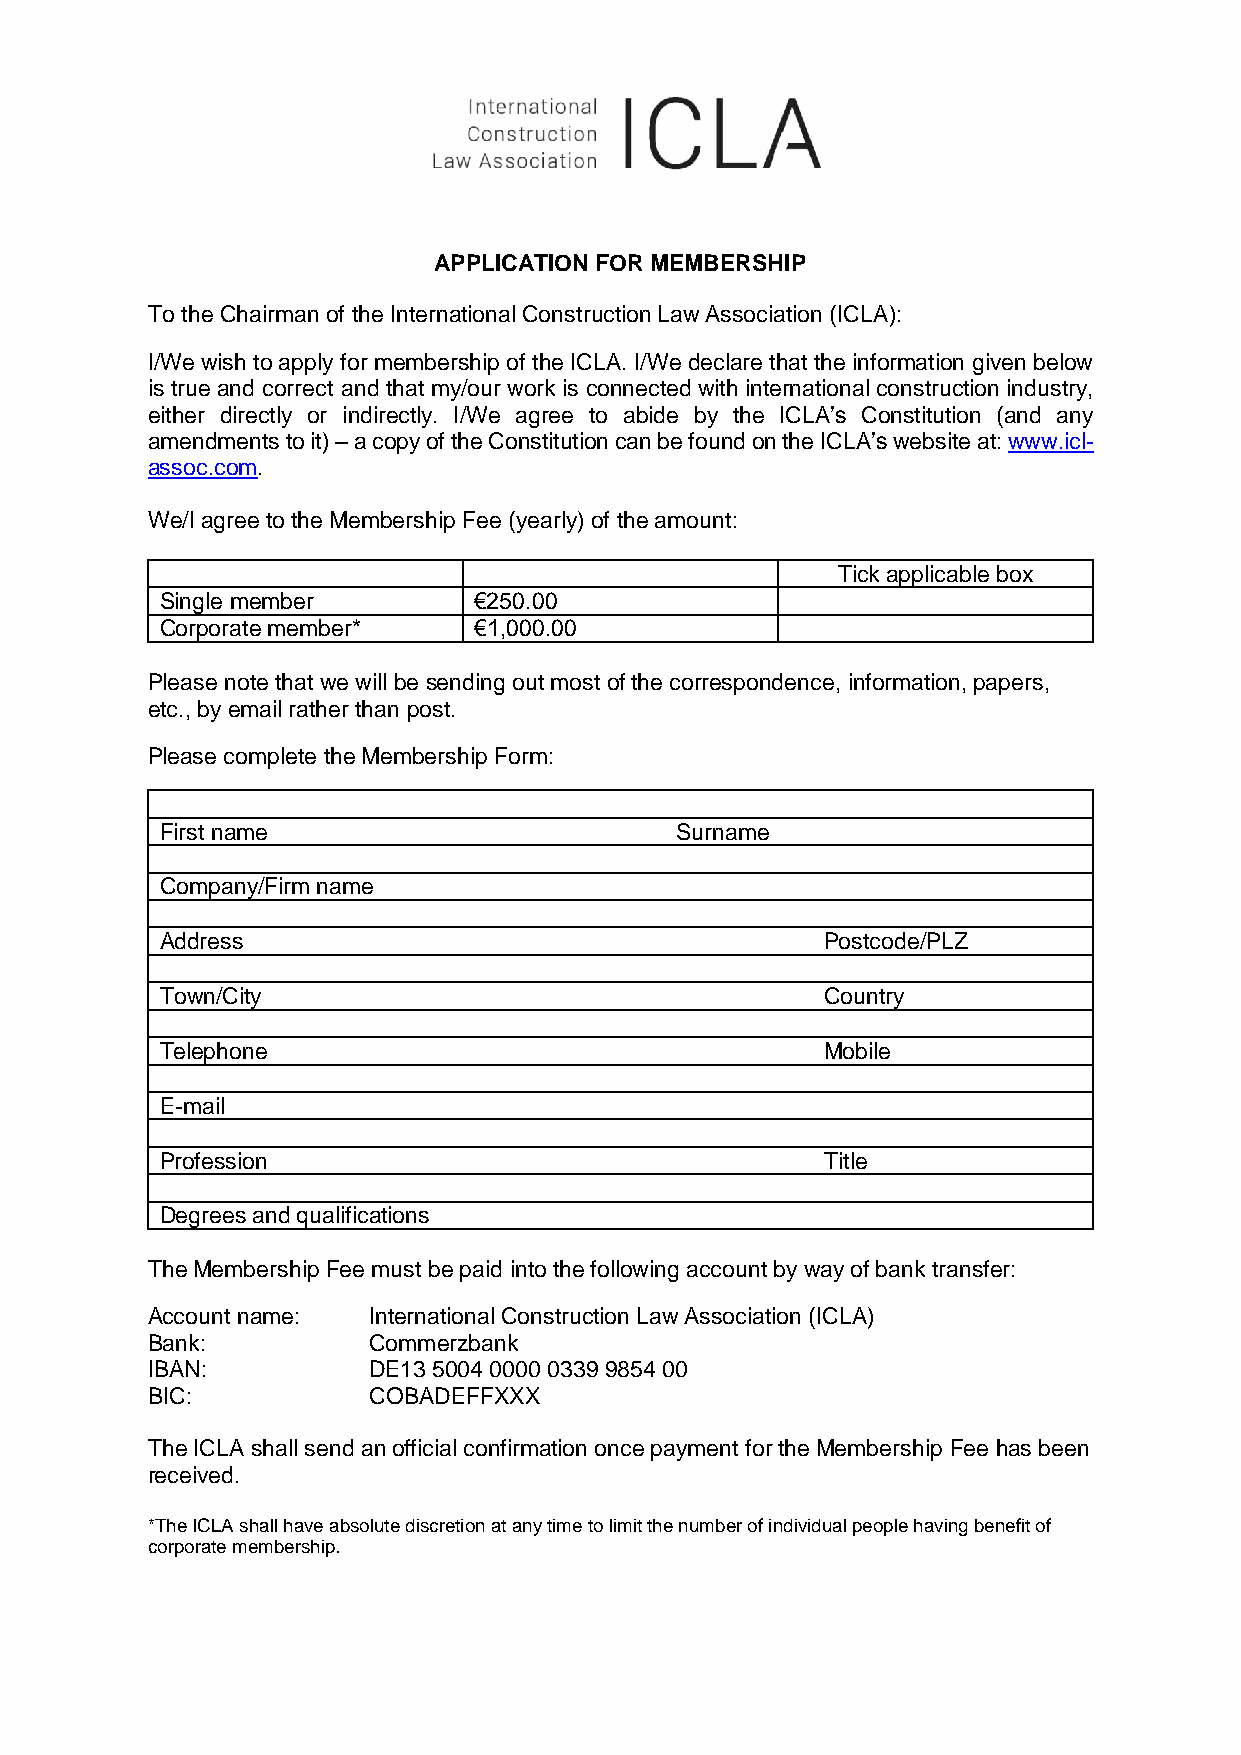
APPLICATION FOR MEMBERSHIP
 To the Chairman of the International Construction Law Association (ICLA):
 I/We wish to apply for membership of the ICLA. I/We declare that the information given below
 is true and correct and that my/our work is connected with international construction industry,
 either directly or indirectly. I/We agree to abide by the ICLA’s Constitution (and any
 amendments to it) – a copy of the Constitution can be found on the ICLA’s website at: www.icl-
 assoc.com.
 We/I agree to the Membership Fee (yearly) of the amount:
 Tick applicable box
 Single member       €250.00
 Corporate member*   €1,000.00
 Please note that we will be sending out most of the correspondence, information, papers,
 etc., by email rather than post.
 Please complete the Membership Form:
 First name                        Surname
 Company/Firm name
 Address                                     Postcode/PLZ
 Town/City                                   Country
 Telephone                                   Mobile
 E-mail
 Profession                                  Title
 Degrees and qualifications
 The Membership Fee must be paid into the following account by way of bank transfer:
 Account name: International Construction Law Association (ICLA)
 Bank:         Commerzbank
 IBAN:         DE13 5004 0000 0339 9854 00
 BIC:          COBADEFFXXX
 The ICLA shall send an official confirmation once payment for the Membership Fee has been
 received.
 *The ICLA shall have absolute discretion at any time to limit the number of individual people having benefit of
 corporate membership.